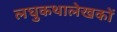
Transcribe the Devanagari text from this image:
लघुकथालेखकों